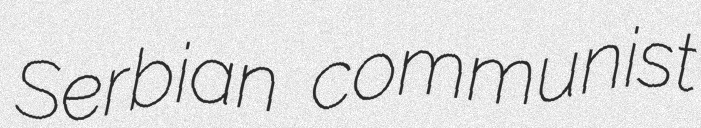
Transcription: Serbian communist